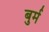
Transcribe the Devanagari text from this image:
बुर्म